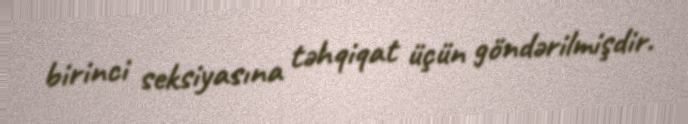
birinci seksiyasına təhqiqat üçün göndərilmişdir.